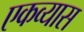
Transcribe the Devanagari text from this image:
एकव्यास